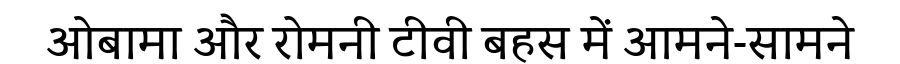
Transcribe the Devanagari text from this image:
ओबामा और रोमनी टीवी बहस में आमने-सामने